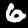
Digit: 6